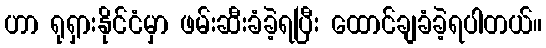
ဟာ ရုရှားနိုင်ငံမှာ ဖမ်းဆီးခံခဲ့ရပြီး ထောင်ချခံခဲ့ရပါတယ်။